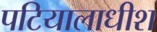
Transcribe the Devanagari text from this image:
पटियालाधीश